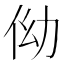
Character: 㑃